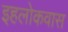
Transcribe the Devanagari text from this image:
इहलोकवास